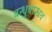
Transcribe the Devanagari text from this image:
बन्धुबान्धव